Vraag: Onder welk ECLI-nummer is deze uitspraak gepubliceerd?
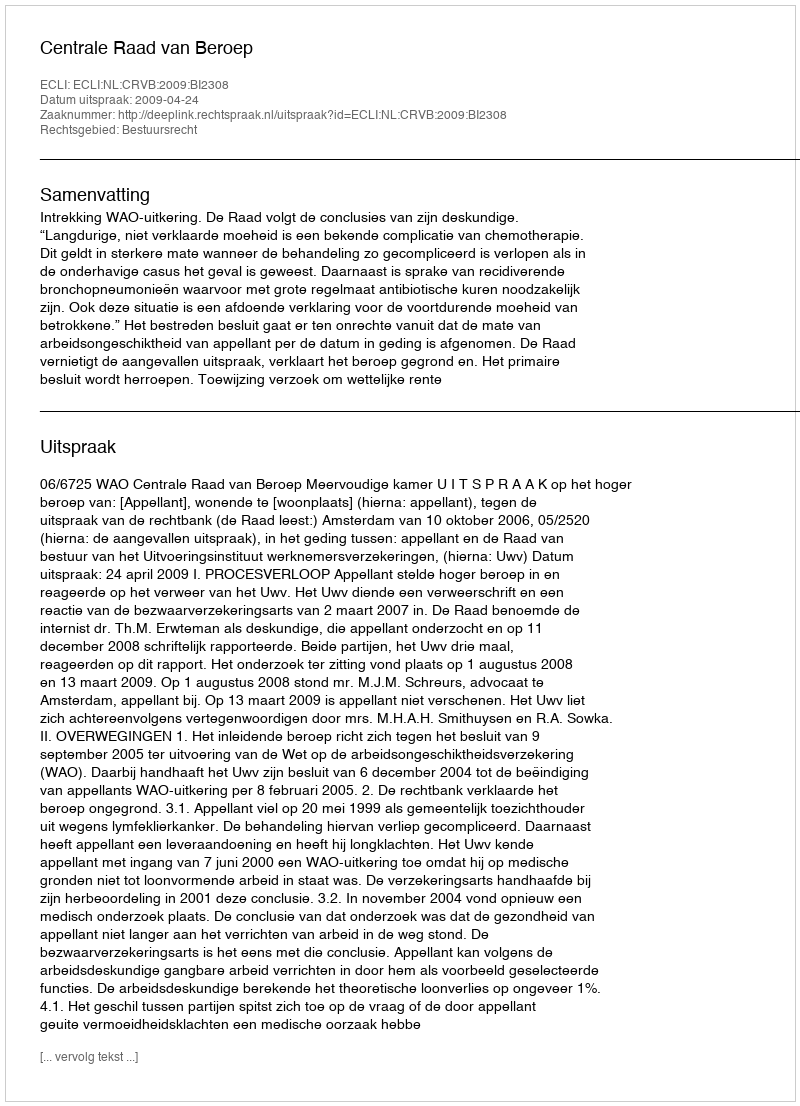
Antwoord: ECLI:NL:CRVB:2009:BI2308